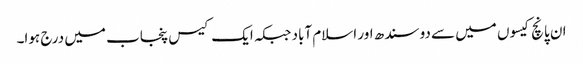
ان پانچ کیسوں میں سے دو سندھ اور اسلام آباد جبکہ ایک کیس پنجاب میں درج ہوا۔